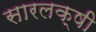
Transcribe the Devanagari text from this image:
सारलक्षी